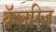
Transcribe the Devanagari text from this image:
कॅलरिज